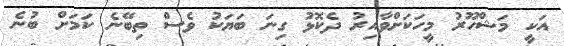
އަކީ މަޝްހޫރު މީހަކަށްވާއިރު ދެކޮޅު ގިނަ ބަޔަކު ވެސް ތިބޭނެ ކަމަށް ބުނެ